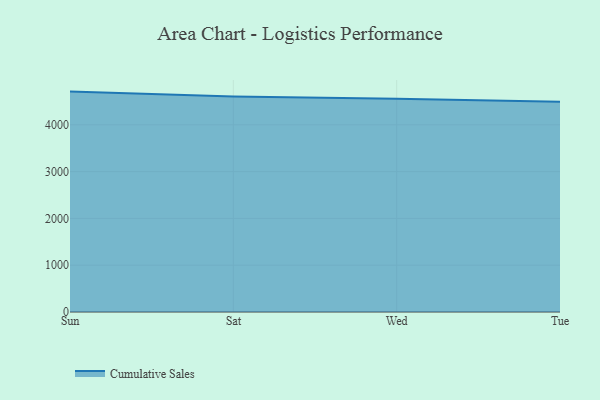
{"axis": {"x": "Day", "y": "Inventory Turnover"}, "legend": ["Cumulative Sales"], "data": [{"x": "Sun", "y": 4709.5, "type": "Cumulative Sales"}, {"x": "Sat", "y": 4606.9, "type": "Cumulative Sales"}, {"x": "Wed", "y": 4555.8, "type": "Cumulative Sales"}, {"x": "Tue", "y": 4490.4, "type": "Cumulative Sales"}]}